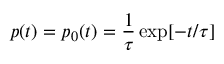
p ( t ) = p _ { 0 } ( t ) = \frac { 1 } { \tau } \exp [ - t / \tau ]